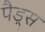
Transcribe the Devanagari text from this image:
पैड़्स